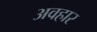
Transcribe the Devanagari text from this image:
अवहार